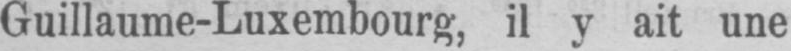
Guillaume-Luxembourg, il y ait une